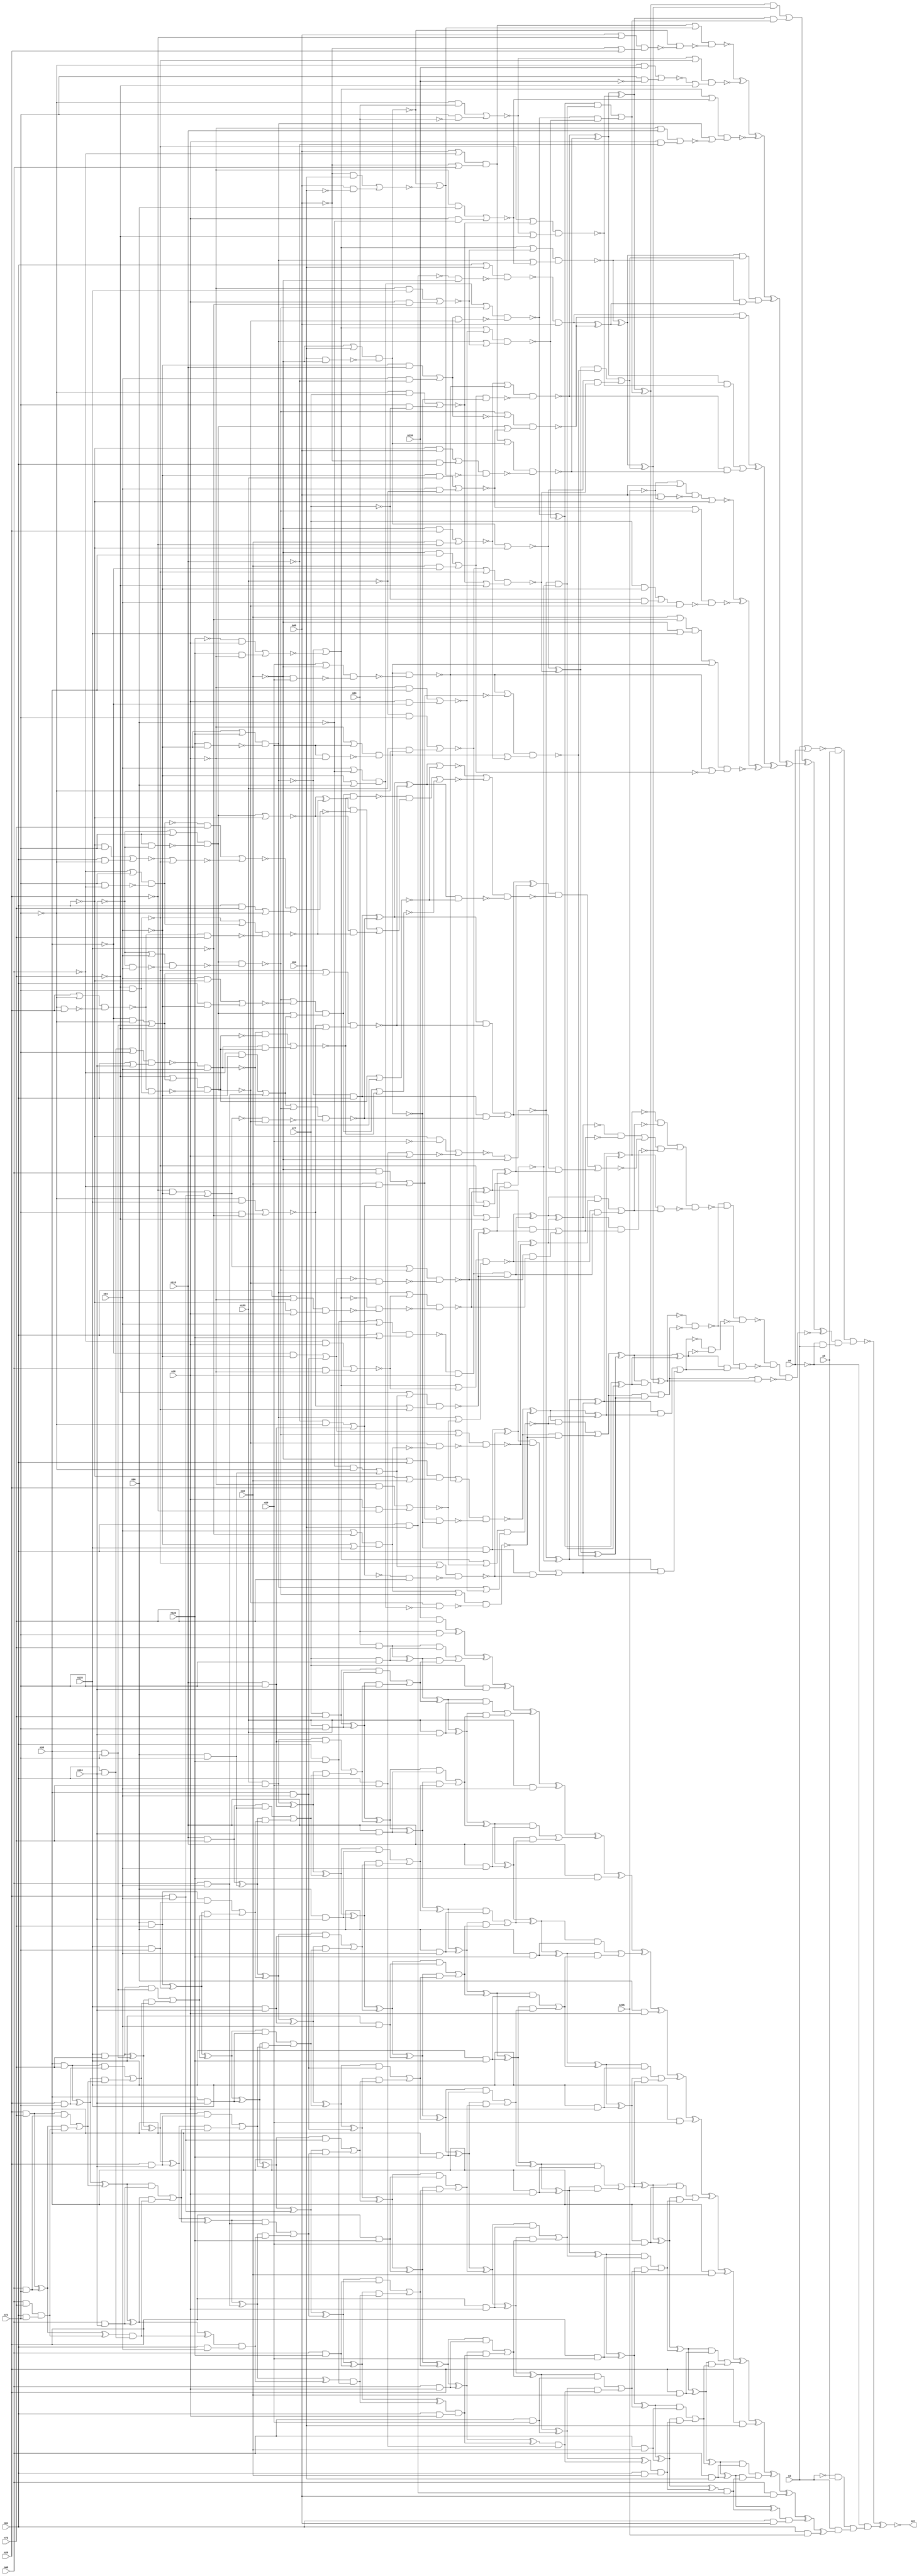
module top (out,n3,n4,n5,n19,n20,n28,n29,n38,n46
        ,n48,n54,n61,n72,n73,n77,n83,n94,n96,n104
        ,n113,n122,n135,n155,n210,n235);
output out;
input n3;
input n4;
input n5;
input n19;
input n20;
input n28;
input n29;
input n38;
input n46;
input n48;
input n54;
input n61;
input n72;
input n73;
input n77;
input n83;
input n94;
input n96;
input n104;
input n113;
input n122;
input n135;
input n155;
input n210;
input n235;
wire n0;
wire n1;
wire n2;
wire n6;
wire n7;
wire n8;
wire n9;
wire n10;
wire n11;
wire n12;
wire n13;
wire n14;
wire n15;
wire n16;
wire n17;
wire n18;
wire n21;
wire n22;
wire n23;
wire n24;
wire n25;
wire n26;
wire n27;
wire n30;
wire n31;
wire n32;
wire n33;
wire n34;
wire n35;
wire n36;
wire n37;
wire n39;
wire n40;
wire n41;
wire n42;
wire n43;
wire n44;
wire n45;
wire n47;
wire n49;
wire n50;
wire n51;
wire n52;
wire n53;
wire n55;
wire n56;
wire n57;
wire n58;
wire n59;
wire n60;
wire n62;
wire n63;
wire n64;
wire n65;
wire n66;
wire n67;
wire n68;
wire n69;
wire n70;
wire n71;
wire n74;
wire n75;
wire n76;
wire n78;
wire n79;
wire n80;
wire n81;
wire n82;
wire n84;
wire n85;
wire n86;
wire n87;
wire n88;
wire n89;
wire n90;
wire n91;
wire n92;
wire n93;
wire n95;
wire n97;
wire n98;
wire n99;
wire n100;
wire n101;
wire n102;
wire n103;
wire n105;
wire n106;
wire n107;
wire n108;
wire n109;
wire n110;
wire n111;
wire n112;
wire n114;
wire n115;
wire n116;
wire n117;
wire n118;
wire n119;
wire n120;
wire n121;
wire n123;
wire n124;
wire n125;
wire n126;
wire n127;
wire n128;
wire n129;
wire n130;
wire n131;
wire n132;
wire n133;
wire n134;
wire n136;
wire n137;
wire n138;
wire n139;
wire n140;
wire n141;
wire n142;
wire n143;
wire n144;
wire n145;
wire n146;
wire n147;
wire n148;
wire n149;
wire n150;
wire n151;
wire n152;
wire n153;
wire n154;
wire n156;
wire n157;
wire n158;
wire n159;
wire n160;
wire n161;
wire n162;
wire n163;
wire n164;
wire n165;
wire n166;
wire n167;
wire n168;
wire n169;
wire n170;
wire n171;
wire n172;
wire n173;
wire n174;
wire n175;
wire n176;
wire n177;
wire n178;
wire n179;
wire n180;
wire n181;
wire n182;
wire n183;
wire n184;
wire n185;
wire n186;
wire n187;
wire n188;
wire n189;
wire n190;
wire n191;
wire n192;
wire n193;
wire n194;
wire n195;
wire n196;
wire n197;
wire n198;
wire n199;
wire n200;
wire n201;
wire n202;
wire n203;
wire n204;
wire n205;
wire n206;
wire n207;
wire n208;
wire n209;
wire n211;
wire n212;
wire n213;
wire n214;
wire n215;
wire n216;
wire n217;
wire n218;
wire n219;
wire n220;
wire n221;
wire n222;
wire n223;
wire n224;
wire n225;
wire n226;
wire n227;
wire n228;
wire n229;
wire n230;
wire n231;
wire n232;
wire n233;
wire n234;
wire n236;
wire n237;
wire n238;
wire n239;
wire n240;
wire n241;
wire n242;
wire n243;
wire n244;
wire n245;
wire n246;
wire n247;
wire n248;
wire n249;
wire n250;
wire n251;
wire n252;
wire n253;
wire n254;
wire n255;
wire n256;
wire n257;
wire n258;
wire n259;
wire n260;
wire n261;
wire n262;
wire n263;
wire n264;
wire n265;
wire n266;
wire n267;
wire n268;
wire n269;
wire n270;
wire n271;
wire n272;
wire n273;
wire n274;
wire n275;
wire n276;
wire n277;
wire n278;
wire n279;
wire n280;
wire n281;
wire n282;
wire n283;
wire n284;
wire n285;
wire n286;
wire n287;
wire n288;
wire n289;
wire n290;
wire n291;
wire n292;
wire n293;
wire n294;
wire n295;
wire n296;
wire n297;
wire n298;
wire n299;
wire n300;
wire n301;
wire n302;
wire n303;
wire n304;
wire n305;
wire n306;
wire n307;
wire n308;
wire n309;
wire n310;
wire n311;
wire n312;
wire n313;
wire n314;
wire n315;
wire n316;
wire n317;
wire n318;
wire n319;
wire n320;
wire n321;
wire n322;
wire n323;
wire n324;
wire n325;
wire n326;
wire n327;
wire n328;
wire n329;
wire n330;
wire n331;
wire n332;
wire n333;
wire n334;
wire n335;
wire n336;
wire n337;
wire n338;
wire n339;
wire n340;
wire n341;
wire n342;
wire n343;
wire n344;
wire n345;
wire n346;
wire n347;
wire n348;
wire n349;
wire n350;
wire n351;
wire n352;
wire n353;
wire n354;
wire n355;
wire n356;
wire n357;
wire n358;
wire n359;
wire n360;
wire n361;
wire n362;
wire n363;
wire n364;
wire n365;
wire n366;
wire n367;
wire n368;
wire n369;
wire n370;
wire n371;
wire n372;
wire n373;
wire n374;
wire n375;
wire n376;
wire n377;
wire n378;
wire n379;
wire n380;
wire n381;
wire n382;
wire n383;
wire n384;
wire n385;
wire n386;
wire n387;
wire n388;
wire n389;
wire n390;
wire n391;
wire n392;
wire n393;
wire n394;
wire n395;
wire n396;
wire n397;
wire n398;
wire n399;
wire n400;
wire n401;
wire n402;
wire n403;
wire n404;
wire n405;
wire n406;
wire n407;
wire n408;
wire n409;
wire n410;
wire n411;
wire n412;
wire n413;
wire n414;
wire n415;
wire n416;
wire n417;
wire n418;
wire n419;
wire n420;
wire n421;
wire n422;
wire n423;
wire n424;
wire n425;
wire n426;
wire n427;
wire n428;
wire n429;
wire n430;
wire n431;
wire n432;
wire n433;
wire n434;
wire n435;
wire n436;
wire n437;
wire n438;
wire n439;
wire n440;
wire n441;
wire n442;
wire n443;
wire n444;
wire n445;
wire n446;
wire n447;
wire n448;
wire n449;
wire n450;
wire n451;
wire n452;
wire n453;
wire n454;
wire n455;
wire n456;
wire n457;
wire n458;
wire n459;
wire n460;
wire n461;
wire n462;
wire n463;
wire n464;
wire n465;
wire n466;
wire n467;
wire n468;
wire n469;
wire n470;
wire n471;
wire n472;
wire n473;
wire n474;
wire n475;
wire n476;
wire n477;
wire n478;
wire n479;
wire n480;
wire n481;
wire n482;
wire n483;
wire n484;
wire n485;
wire n486;
wire n487;
wire n488;
wire n489;
wire n490;
wire n491;
wire n492;
wire n493;
wire n494;
wire n495;
wire n496;
wire n497;
wire n498;
wire n499;
wire n500;
wire n501;
wire n502;
wire n503;
wire n504;
wire n505;
wire n506;
wire n507;
wire n508;
wire n509;
wire n510;
wire n511;
wire n512;
wire n513;
wire n514;
wire n515;
wire n516;
wire n517;
wire n518;
wire n519;
wire n520;
wire n521;
wire n522;
wire n523;
wire n524;
wire n525;
wire n526;
wire n527;
wire n528;
wire n529;
wire n530;
wire n531;
wire n532;
wire n533;
wire n534;
wire n535;
wire n536;
wire n537;
wire n538;
wire n539;
wire n540;
wire n541;
wire n542;
wire n543;
wire n544;
wire n545;
wire n546;
wire n547;
wire n548;
wire n549;
wire n550;
wire n551;
wire n552;
wire n553;
wire n554;
wire n555;
wire n556;
wire n557;
wire n558;
wire n559;
wire n560;
wire n561;
wire n562;
wire n563;
wire n564;
wire n565;
wire n566;
wire n567;
wire n568;
wire n569;
wire n570;
wire n571;
wire n572;
wire n573;
wire n574;
wire n575;
wire n576;
wire n577;
wire n578;
wire n579;
wire n580;
wire n581;
wire n582;
wire n583;
wire n584;
wire n585;
wire n586;
wire n587;
wire n588;
wire n589;
wire n590;
wire n591;
wire n592;
wire n593;
wire n594;
wire n595;
wire n596;
wire n597;
wire n598;
wire n599;
wire n600;
wire n601;
wire n602;
wire n603;
wire n604;
wire n605;
wire n606;
wire n607;
wire n608;
wire n609;
wire n610;
wire n611;
wire n612;
wire n613;
wire n614;
wire n615;
wire n616;
wire n617;
wire n618;
wire n619;
wire n620;
wire n621;
wire n622;
wire n623;
wire n624;
wire n625;
wire n626;
wire n627;
wire n628;
wire n629;
wire n630;
wire n631;
wire n632;
wire n633;
wire n634;
wire n635;
wire n636;
wire n637;
wire n638;
wire n639;
wire n640;
wire n641;
wire n642;
wire n643;
wire n644;
wire n645;
wire n646;
wire n647;
wire n648;
wire n649;
wire n650;
wire n651;
wire n652;
wire n653;
wire n654;
wire n655;
wire n656;
wire n657;
wire n658;
wire n659;
wire n660;
wire n661;
wire n662;
wire n663;
wire n664;
wire n665;
wire n666;
wire n667;
wire n668;
wire n669;
wire n670;
wire n671;
wire n672;
wire n673;
wire n674;
wire n675;
wire n676;
wire n677;
wire n678;
wire n679;
wire n680;
wire n681;
wire n682;
wire n683;
wire n684;
wire n685;
wire n686;
wire n687;
wire n688;
wire n689;
wire n690;
wire n691;
wire n692;
wire n693;
wire n694;
wire n695;
wire n696;
wire n697;
wire n698;
wire n699;
wire n700;
wire n701;
wire n702;
wire n703;
wire n704;
wire n705;
wire n706;
wire n707;
wire n708;
wire n709;
wire n710;
wire n711;
wire n712;
wire n713;
wire n714;
wire n715;
wire n716;
wire n717;
wire n718;
wire n719;
wire n720;
wire n721;
wire n722;
wire n723;
wire n724;
wire n725;
xnor (out,n0,n461);
nor (n0,n1,n6);
and (n1,n2,n5);
nor (n2,n3,n4);
and (n6,n7,n458);
xor (n7,n8,n251);
xor (n8,n9,n194);
or (n9,n10,n193);
and (n10,n11,n158);
xor (n11,n12,n86);
xor (n12,n13,n68);
xor (n13,n14,n41);
nand (n14,n15,n34);
or (n15,n16,n23);
nor (n16,n17,n21);
and (n17,n18,n20);
not (n18,n19);
and (n21,n19,n22);
not (n22,n20);
nand (n23,n24,n31);
not (n24,n25);
nand (n25,n26,n30);
or (n26,n27,n29);
not (n27,n28);
nand (n30,n29,n27);
nand (n31,n32,n33);
or (n32,n29,n18);
nand (n33,n18,n29);
nand (n34,n35,n25);
not (n35,n36);
nor (n36,n37,n39);
and (n37,n18,n38);
and (n39,n19,n40);
not (n40,n38);
nand (n41,n42,n56);
or (n42,n43,n51);
not (n43,n44);
nand (n44,n45,n49);
or (n45,n46,n47);
not (n47,n48);
or (n49,n50,n48);
not (n50,n46);
not (n51,n52);
nand (n52,n53,n55);
or (n53,n18,n54);
nand (n55,n54,n18);
nand (n56,n57,n63);
not (n57,n58);
nor (n58,n59,n62);
and (n59,n60,n46);
not (n60,n61);
and (n62,n50,n61);
nor (n63,n52,n64);
nor (n64,n65,n66);
and (n65,n50,n54);
and (n66,n46,n67);
not (n67,n54);
nand (n68,n69,n80);
or (n69,n70,n74);
nand (n70,n71,n73);
not (n71,n72);
nor (n74,n75,n78);
and (n75,n76,n77);
not (n76,n73);
and (n78,n73,n79);
not (n79,n77);
or (n80,n81,n71);
nor (n81,n82,n84);
and (n82,n76,n83);
and (n84,n73,n85);
not (n85,n83);
or (n86,n87,n157);
and (n87,n88,n138);
xor (n88,n89,n116);
nand (n89,n90,n109);
or (n90,n91,n99);
not (n91,n92);
nand (n92,n93,n97);
or (n93,n94,n95);
not (n95,n96);
or (n97,n98,n96);
not (n98,n94);
nand (n99,n100,n106);
not (n100,n101);
nand (n101,n102,n105);
or (n102,n103,n73);
not (n103,n104);
nand (n105,n73,n103);
nand (n106,n107,n108);
or (n107,n103,n94);
nand (n108,n103,n94);
nand (n109,n110,n101);
not (n110,n111);
nor (n111,n112,n114);
and (n112,n98,n113);
and (n114,n94,n115);
not (n115,n113);
nand (n116,n117,n131);
or (n117,n118,n128);
not (n118,n119);
nor (n119,n120,n124);
nand (n120,n121,n123);
or (n121,n98,n122);
nand (n123,n122,n98);
nor (n124,n125,n127);
and (n125,n126,n28);
not (n126,n122);
and (n127,n122,n27);
nor (n128,n129,n130);
and (n129,n27,n38);
and (n130,n28,n40);
or (n131,n132,n133);
not (n132,n120);
nor (n133,n134,n136);
and (n134,n27,n135);
and (n136,n28,n137);
not (n137,n135);
and (n138,n139,n145);
nor (n139,n140,n18);
nor (n140,n141,n143);
and (n141,n60,n142);
not (n142,n29);
nor (n143,n144,n28);
and (n144,n61,n29);
nand (n145,n146,n151);
or (n146,n70,n147);
not (n147,n148);
nor (n148,n149,n150);
and (n149,n115,n76);
and (n150,n113,n73);
or (n151,n152,n71);
nor (n152,n153,n156);
and (n153,n154,n73);
not (n154,n155);
and (n156,n155,n76);
and (n157,n89,n116);
xor (n158,n159,n179);
xor (n159,n160,n166);
nand (n160,n161,n162);
or (n161,n118,n133);
or (n162,n132,n163);
nor (n163,n164,n165);
and (n164,n27,n96);
and (n165,n28,n95);
xor (n166,n167,n173);
and (n167,n168,n46);
nand (n168,n169,n170);
or (n169,n61,n54);
nand (n170,n171,n18);
not (n171,n172);
and (n172,n61,n54);
nand (n173,n174,n175);
or (n174,n99,n111);
or (n175,n100,n176);
nor (n176,n177,n178);
and (n177,n98,n155);
and (n178,n94,n154);
or (n179,n180,n192);
and (n180,n181,n186);
xor (n181,n182,n183);
nor (n182,n51,n60);
nand (n183,n184,n185);
or (n184,n152,n70);
or (n185,n74,n71);
nand (n186,n187,n191);
or (n187,n23,n188);
nor (n188,n189,n190);
and (n189,n18,n48);
and (n190,n19,n47);
or (n191,n24,n16);
and (n192,n182,n183);
and (n193,n12,n86);
xor (n194,n195,n222);
xor (n195,n196,n219);
xor (n196,n197,n213);
xor (n197,n198,n205);
nand (n198,n199,n201);
or (n199,n43,n200);
not (n200,n63);
nand (n201,n52,n202);
nand (n202,n203,n204);
or (n203,n46,n22);
or (n204,n50,n20);
nand (n205,n206,n207);
or (n206,n81,n70);
or (n207,n208,n71);
nor (n208,n209,n211);
and (n209,n76,n210);
and (n211,n73,n212);
not (n212,n210);
nand (n213,n214,n215);
or (n214,n118,n163);
or (n215,n132,n216);
nor (n216,n217,n218);
and (n217,n27,n113);
and (n218,n28,n115);
or (n219,n220,n221);
and (n220,n159,n179);
and (n221,n160,n166);
xor (n222,n223,n228);
xor (n223,n224,n225);
and (n224,n167,n173);
or (n225,n226,n227);
and (n226,n13,n68);
and (n227,n14,n41);
xor (n228,n229,n244);
xor (n229,n230,n237);
nor (n230,n231,n60);
not (n231,n232);
nand (n232,n233,n236);
or (n233,n234,n46);
not (n234,n235);
nand (n236,n46,n234);
nand (n237,n238,n239);
or (n238,n176,n99);
nand (n239,n240,n101);
not (n240,n241);
nor (n241,n242,n243);
and (n242,n77,n98);
and (n243,n79,n94);
nand (n244,n245,n250);
or (n245,n246,n24);
not (n246,n247);
nand (n247,n248,n249);
or (n248,n19,n137);
or (n249,n18,n135);
or (n250,n23,n36);
nand (n251,n252,n455,n457);
nand (n252,n253,n288,n448);
nand (n253,n254,n256);
not (n254,n255);
xor (n255,n11,n158);
not (n256,n257);
or (n257,n258,n287);
and (n258,n259,n286);
xor (n259,n260,n285);
or (n260,n261,n284);
and (n261,n262,n278);
xor (n262,n263,n271);
nand (n263,n264,n269);
or (n264,n265,n23);
not (n265,n266);
nand (n266,n267,n268);
or (n267,n18,n61);
or (n268,n60,n19);
nand (n269,n270,n25);
not (n270,n188);
nand (n271,n272,n277);
or (n272,n273,n99);
not (n273,n274);
nand (n274,n275,n276);
or (n275,n94,n137);
or (n276,n98,n135);
nand (n277,n101,n92);
nand (n278,n279,n283);
or (n279,n118,n280);
nor (n280,n281,n282);
and (n281,n27,n20);
and (n282,n28,n22);
or (n283,n132,n128);
and (n284,n263,n271);
xor (n285,n181,n186);
xor (n286,n88,n138);
and (n287,n260,n285);
nand (n288,n289,n447);
or (n289,n290,n340);
not (n290,n291);
nand (n291,n292,n316);
not (n292,n293);
xor (n293,n294,n315);
xor (n294,n295,n296);
xor (n295,n139,n145);
or (n296,n297,n314);
and (n297,n298,n307);
xor (n298,n299,n300);
and (n299,n25,n61);
nand (n300,n301,n306);
or (n301,n70,n302);
not (n302,n303);
nor (n303,n304,n305);
and (n304,n95,n76);
and (n305,n96,n73);
nand (n306,n148,n72);
nand (n307,n308,n313);
or (n308,n309,n99);
not (n309,n310);
nor (n310,n311,n312);
and (n311,n40,n98);
and (n312,n38,n94);
nand (n313,n101,n274);
and (n314,n299,n300);
xor (n315,n262,n278);
not (n316,n317);
or (n317,n318,n339);
and (n318,n319,n338);
xor (n319,n320,n326);
nand (n320,n321,n325);
or (n321,n118,n322);
nor (n322,n323,n324);
and (n323,n47,n28);
and (n324,n48,n27);
or (n325,n132,n280);
and (n326,n327,n332);
and (n327,n328,n28);
nand (n328,n329,n331);
or (n329,n330,n94);
and (n330,n61,n122);
or (n331,n61,n122);
nand (n332,n333,n334);
or (n333,n71,n302);
or (n334,n335,n70);
nor (n335,n336,n337);
and (n336,n76,n135);
and (n337,n73,n137);
xor (n338,n298,n307);
and (n339,n320,n326);
not (n340,n341);
nand (n341,n342,n446);
or (n342,n343,n366);
not (n343,n344);
nand (n344,n345,n347);
not (n345,n346);
xor (n346,n319,n338);
not (n347,n348);
or (n348,n349,n365);
and (n349,n350,n364);
xor (n350,n351,n358);
nand (n351,n352,n357);
or (n352,n353,n99);
not (n353,n354);
nor (n354,n355,n356);
and (n355,n22,n98);
and (n356,n20,n94);
nand (n357,n310,n101);
nand (n358,n359,n360);
or (n359,n132,n322);
nand (n360,n119,n361);
nand (n361,n362,n363);
or (n362,n61,n27);
or (n363,n60,n28);
xor (n364,n327,n332);
and (n365,n351,n358);
not (n366,n367);
or (n367,n368,n445);
and (n368,n369,n390);
xor (n369,n370,n389);
or (n370,n371,n388);
and (n371,n372,n381);
xor (n372,n373,n374);
and (n373,n120,n61);
nand (n374,n375,n380);
or (n375,n376,n99);
not (n376,n377);
nor (n377,n378,n379);
and (n378,n47,n98);
and (n379,n48,n94);
nand (n380,n354,n101);
nand (n381,n382,n387);
or (n382,n70,n383);
not (n383,n384);
nor (n384,n385,n386);
and (n385,n40,n76);
and (n386,n38,n73);
or (n387,n335,n71);
and (n388,n373,n374);
xor (n389,n350,n364);
nand (n390,n391,n444);
or (n391,n392,n408);
nor (n392,n393,n394);
xor (n393,n372,n381);
nor (n394,n395,n403);
not (n395,n396);
nand (n396,n397,n398);
or (n397,n71,n383);
nand (n398,n399,n402);
nand (n399,n400,n401);
or (n400,n20,n76);
nand (n401,n76,n20);
not (n402,n70);
nand (n403,n404,n94);
nand (n404,n405,n407);
or (n405,n406,n73);
and (n406,n61,n104);
or (n407,n61,n104);
nor (n408,n409,n443);
and (n409,n410,n422);
nand (n410,n411,n418);
not (n411,n412);
nand (n412,n413,n417);
or (n413,n99,n414);
nor (n414,n415,n416);
and (n415,n94,n60);
and (n416,n61,n98);
or (n417,n100,n376);
nor (n418,n419,n420);
and (n419,n403,n396);
and (n420,n421,n395);
not (n421,n403);
or (n422,n423,n442);
and (n423,n424,n433);
xor (n424,n425,n426);
nor (n425,n100,n60);
nand (n426,n427,n432);
or (n427,n70,n428);
not (n428,n429);
nand (n429,n430,n431);
or (n430,n47,n73);
nand (n431,n73,n47);
nand (n432,n399,n72);
nor (n433,n434,n440);
nor (n434,n435,n436);
and (n435,n429,n72);
nor (n436,n437,n70);
nor (n437,n438,n439);
and (n438,n60,n73);
and (n439,n61,n76);
or (n440,n441,n76);
and (n441,n61,n72);
and (n442,n425,n426);
nor (n443,n411,n418);
nand (n444,n393,n394);
and (n445,n370,n389);
nand (n446,n346,n348);
nand (n447,n293,n317);
nand (n448,n449,n453);
not (n449,n450);
or (n450,n451,n452);
and (n451,n294,n315);
and (n452,n295,n296);
not (n453,n454);
xor (n454,n259,n286);
nand (n455,n253,n456);
and (n456,n454,n450);
nand (n457,n257,n255);
not (n458,n459);
nand (n459,n460,n3);
not (n460,n4);
wire s0n461,s1n461,notn461;
or (n461,s0n461,s1n461);
not(notn461,n4);
and (s0n461,notn461,n462);
and (s1n461,n4,1'b0);
wire s0n462,s1n462,notn462;
or (n462,s0n462,s1n462);
not(notn462,n3);
and (s0n462,notn462,n5);
and (s1n462,n3,n463);
xor (n463,n464,n725);
xor (n464,n465,n722);
xor (n465,n466,n721);
xor (n466,n467,n713);
xor (n467,n468,n712);
xor (n468,n469,n697);
xor (n469,n470,n696);
xor (n470,n471,n676);
xor (n471,n472,n675);
xor (n472,n473,n648);
xor (n473,n474,n647);
xor (n474,n475,n615);
xor (n475,n476,n614);
xor (n476,n477,n578);
xor (n477,n478,n577);
xor (n478,n479,n533);
xor (n479,n480,n532);
xor (n480,n481,n484);
xor (n481,n482,n483);
and (n482,n210,n72);
and (n483,n83,n73);
or (n484,n485,n488);
and (n485,n486,n487);
and (n486,n83,n72);
and (n487,n77,n73);
and (n488,n489,n490);
xor (n489,n486,n487);
or (n490,n491,n494);
and (n491,n492,n493);
and (n492,n77,n72);
and (n493,n155,n73);
and (n494,n495,n496);
xor (n495,n492,n493);
or (n496,n497,n499);
and (n497,n498,n150);
and (n498,n155,n72);
and (n499,n500,n501);
xor (n500,n498,n150);
or (n501,n502,n504);
and (n502,n503,n305);
and (n503,n113,n72);
and (n504,n505,n506);
xor (n505,n503,n305);
or (n506,n507,n510);
and (n507,n508,n509);
and (n508,n96,n72);
and (n509,n135,n73);
and (n510,n511,n512);
xor (n511,n508,n509);
or (n512,n513,n515);
and (n513,n514,n386);
and (n514,n135,n72);
and (n515,n516,n517);
xor (n516,n514,n386);
or (n517,n518,n521);
and (n518,n519,n520);
and (n519,n38,n72);
and (n520,n20,n73);
and (n521,n522,n523);
xor (n522,n519,n520);
or (n523,n524,n527);
and (n524,n525,n526);
and (n525,n20,n72);
and (n526,n48,n73);
and (n527,n528,n529);
xor (n528,n525,n526);
and (n529,n530,n531);
and (n530,n48,n72);
and (n531,n61,n73);
and (n532,n77,n104);
or (n533,n534,n537);
and (n534,n535,n536);
xor (n535,n489,n490);
and (n536,n155,n104);
and (n537,n538,n539);
xor (n538,n535,n536);
or (n539,n540,n543);
and (n540,n541,n542);
xor (n541,n495,n496);
and (n542,n113,n104);
and (n543,n544,n545);
xor (n544,n541,n542);
or (n545,n546,n549);
and (n546,n547,n548);
xor (n547,n500,n501);
and (n548,n96,n104);
and (n549,n550,n551);
xor (n550,n547,n548);
or (n551,n552,n555);
and (n552,n553,n554);
xor (n553,n505,n506);
and (n554,n135,n104);
and (n555,n556,n557);
xor (n556,n553,n554);
or (n557,n558,n561);
and (n558,n559,n560);
xor (n559,n511,n512);
and (n560,n38,n104);
and (n561,n562,n563);
xor (n562,n559,n560);
or (n563,n564,n567);
and (n564,n565,n566);
xor (n565,n516,n517);
and (n566,n20,n104);
and (n567,n568,n569);
xor (n568,n565,n566);
or (n569,n570,n573);
and (n570,n571,n572);
xor (n571,n522,n523);
and (n572,n48,n104);
and (n573,n574,n575);
xor (n574,n571,n572);
and (n575,n576,n406);
xor (n576,n528,n529);
and (n577,n155,n94);
or (n578,n579,n582);
and (n579,n580,n581);
xor (n580,n538,n539);
and (n581,n113,n94);
and (n582,n583,n584);
xor (n583,n580,n581);
or (n584,n585,n588);
and (n585,n586,n587);
xor (n586,n544,n545);
and (n587,n96,n94);
and (n588,n589,n590);
xor (n589,n586,n587);
or (n590,n591,n594);
and (n591,n592,n593);
xor (n592,n550,n551);
and (n593,n135,n94);
and (n594,n595,n596);
xor (n595,n592,n593);
or (n596,n597,n599);
and (n597,n598,n312);
xor (n598,n556,n557);
and (n599,n600,n601);
xor (n600,n598,n312);
or (n601,n602,n604);
and (n602,n603,n356);
xor (n603,n562,n563);
and (n604,n605,n606);
xor (n605,n603,n356);
or (n606,n607,n609);
and (n607,n608,n379);
xor (n608,n568,n569);
and (n609,n610,n611);
xor (n610,n608,n379);
and (n611,n612,n613);
xor (n612,n574,n575);
and (n613,n61,n94);
and (n614,n113,n122);
or (n615,n616,n619);
and (n616,n617,n618);
xor (n617,n583,n584);
and (n618,n96,n122);
and (n619,n620,n621);
xor (n620,n617,n618);
or (n621,n622,n625);
and (n622,n623,n624);
xor (n623,n589,n590);
and (n624,n135,n122);
and (n625,n626,n627);
xor (n626,n623,n624);
or (n627,n628,n631);
and (n628,n629,n630);
xor (n629,n595,n596);
and (n630,n38,n122);
and (n631,n632,n633);
xor (n632,n629,n630);
or (n633,n634,n637);
and (n634,n635,n636);
xor (n635,n600,n601);
and (n636,n20,n122);
and (n637,n638,n639);
xor (n638,n635,n636);
or (n639,n640,n643);
and (n640,n641,n642);
xor (n641,n605,n606);
and (n642,n48,n122);
and (n643,n644,n645);
xor (n644,n641,n642);
and (n645,n646,n330);
xor (n646,n610,n611);
and (n647,n96,n28);
or (n648,n649,n652);
and (n649,n650,n651);
xor (n650,n620,n621);
and (n651,n135,n28);
and (n652,n653,n654);
xor (n653,n650,n651);
or (n654,n655,n658);
and (n655,n656,n657);
xor (n656,n626,n627);
and (n657,n38,n28);
and (n658,n659,n660);
xor (n659,n656,n657);
or (n660,n661,n664);
and (n661,n662,n663);
xor (n662,n632,n633);
and (n663,n20,n28);
and (n664,n665,n666);
xor (n665,n662,n663);
or (n666,n667,n670);
and (n667,n668,n669);
xor (n668,n638,n639);
and (n669,n48,n28);
and (n670,n671,n672);
xor (n671,n668,n669);
and (n672,n673,n674);
xor (n673,n644,n645);
and (n674,n61,n28);
and (n675,n135,n29);
or (n676,n677,n680);
and (n677,n678,n679);
xor (n678,n653,n654);
and (n679,n38,n29);
and (n680,n681,n682);
xor (n681,n678,n679);
or (n682,n683,n686);
and (n683,n684,n685);
xor (n684,n659,n660);
and (n685,n20,n29);
and (n686,n687,n688);
xor (n687,n684,n685);
or (n688,n689,n692);
and (n689,n690,n691);
xor (n690,n665,n666);
and (n691,n48,n29);
and (n692,n693,n694);
xor (n693,n690,n691);
and (n694,n695,n144);
xor (n695,n671,n672);
and (n696,n38,n19);
or (n697,n698,n701);
and (n698,n699,n700);
xor (n699,n681,n682);
and (n700,n20,n19);
and (n701,n702,n703);
xor (n702,n699,n700);
or (n703,n704,n707);
and (n704,n705,n706);
xor (n705,n687,n688);
and (n706,n48,n19);
and (n707,n708,n709);
xor (n708,n705,n706);
and (n709,n710,n711);
xor (n710,n693,n694);
and (n711,n61,n19);
and (n712,n20,n54);
or (n713,n714,n717);
and (n714,n715,n716);
xor (n715,n702,n703);
and (n716,n48,n54);
and (n717,n718,n719);
xor (n718,n715,n716);
and (n719,n720,n172);
xor (n720,n708,n709);
and (n721,n48,n46);
and (n722,n723,n724);
xor (n723,n718,n719);
and (n724,n61,n46);
and (n725,n61,n235);
endmodule